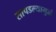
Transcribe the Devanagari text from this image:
सापडल्यामुळं